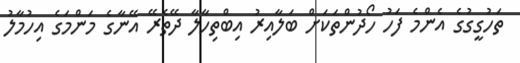
ތަހުގީގުގެ އެންމެ ފަހު ހޯދުންތަކަށް ބަލާއިރު އިބްތިހާލާ ދޭތެރޭ އޭނާގެ މަންމަގެ އިހުމާލު